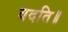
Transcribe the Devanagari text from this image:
वदति॥